Sketch of the medical history of the native army of Bombay, for the year
Year: 1875
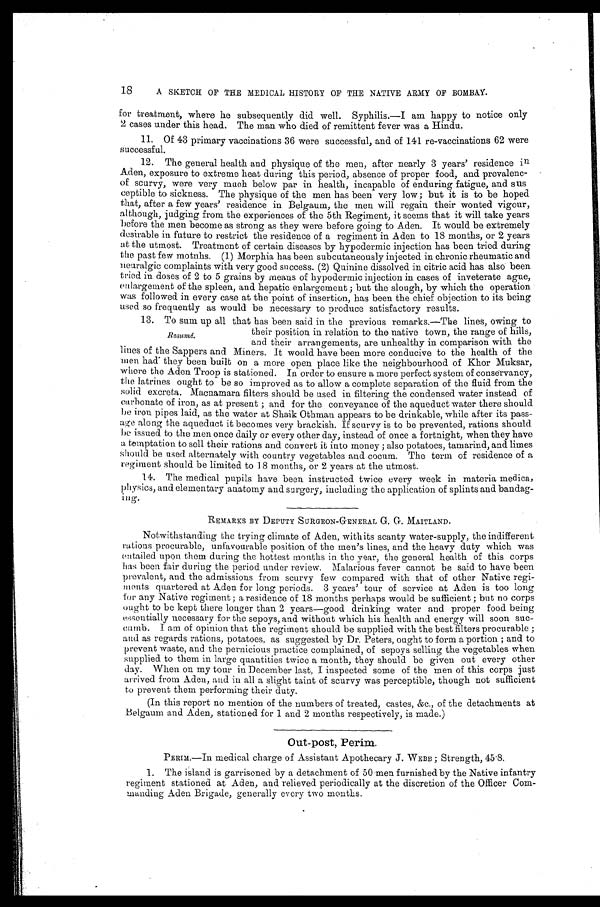
18
A SKETCH OF THE MEDICAL HISTORY OF THE NATIVE ARMY OF BOMBAY.
for treatment, where he subsequently did well. Syphilis.—I am happy to notice only
2 cases under this head. The man who died of remittent fever was a Hindu.
11. Of 43 primary vaccinations 36 were successful, and of 141 re-vaccinations 62 were
successful.
12. The general health and physique of the men, after nearly 3 years' residence in
Aden, exposure to extreme heat during this period, absence of proper food, and prevalenc
- o f s c u r v y , w e r e v e r y m u c h b e l o w p a r i n h e a l t h , i n c a p a b l e o f e n d u r i n g f a t i g u e , a n d s u s
ceptible to sickness. The physique of the men has been very low ; but it is to be hoped
that, after a few years' residence in Belgaum, the men will regain their wonted vigour,
although, judging from the experiences of the 5th Regiment, it seems that it will take years
before the men become as strong as they were before going to Aden. It would be extremely
desirable in future to restrict the residence of a regiment in Aden to 18 months, or 2 years
at the utmost. Treatment of certain diseases by hypodermic injection has been tried during
the past few motnhs. (1) Morphia has been subcutaneously injected in chronic rheumatic and
neuralgic complaints with very good success. (2) Quinine dissolved in citric acid has also been
tried in doses of 2 to 5 grains by means of hypodermic injection in cases of inveterate ague,
enlargement of the spleen, and hepatic enlargement ; but the slough, by which the operation
was followed in every case at the point of insertion, has been the chief objection to its being
used so frequently as would be necessary to Produce satisfactory results.
13. To sum up all that has been said in the previous remarks.—The lines, owing to
their position in relation to the native town, the range of hills,
and their arrangements, are unhealthy in comparison with the
lines of the Sappers and Miners. It would have been more conducive to the health of the
men had they been built on a more open place like the neighbourhood of Khor Muksar,
where the Aden Troop is stationed. In order to ensure a more perfect system of conservancy,
the latrines ought to be so improved as to allow a complete separation of the fluid from the
solid excreta. Macnamara filters should be used in filtering the condensed water instead of
carbonate of iron, as at present ; and for the conveyance of the aqueduct water there should
be iron pipes laid, as the water at Shaik Othman appears to be drinkable, while after its pass
-age along the aqueduct it becomes very brackish. If scurvy is to be prevented, rations should
issued
ssued to the men once daily or every other day, instead of once a fortnight, when they have
a temptation to sell their rations and convert it into money ; also potatoes, tamarind, and limes
should be used alternately with country vegetables and cocum. The term of residence of a
regiment should be limited to 18 months, or 2 years at the utmost.
11.
14. The medical pupils have been instructed twice every week in materia medica,
physics, and elementary anatomy and surgery, including the application of splints and bandag
-ing.
REMARKS BY DEPUTY SURGEON-GENERAL G. G. MAITLAND.
Notwithstanding the trying climate of Aden, with its scanty water-supply, the indifferent
rations procurable, unfavourable position of the men's lines, and the heavy duty which was
entailed upon them during the hottest months in the year, the general health of this corps
has been fair during the period under review. Malarious fever cannot be said to have been
prevalent, and the admissions from scurvy few compared with that of other Native regi
- m e n t s q u a r t e r e d a t A d e n f o r l o n g p e r i o d s . 3 y e a r s ' t o u r o f s e r v i c e a t A d e n i s t o o l o n g
for any Native regiment ; a residence of 18 months perhaps would be sufficient ; but no corps
ought to be kept there longer than 2 years—good drinking water and proper food being
essentially necessary for the sepoys, and without which his health and energy will soon suc
-cumb. I am of opinion that the regiment should be supplied with the best filters procurable ;
and as regards rations, potatoes, as suggested by Dr. Peters, ought to form a portion ; and to
prevent waste, and the pernicious practice complained, of sepoys selling the vegetables when
supplied to them in large quantities twice a month, they should be given out every other
day. When on my tour in December last, I inspected some of the men of this corps just
arrived from Aden, and in all a slight taint of scurvy was perceptible, though not sufficient
to prevent them performing their duty.
(In this report no mention of the numbers of treated, castes, &c., of the detachments at
Belgaum and Aden, stationed for 1 and 2 months respectively, is made.)
Out-post,Perim.
PERIM.—In medical charge of Assistant Apothecary J. WEBB ; Strength, 45.8.
1. The island is garrisoned by a detachment of 50 men furnished by the Native infantry
regiment stationed at Aden, and relieved periodically at the discretion of the Officer Com
- m a n d i n g A d e n B r i g a d e , g e n e r a l l y e v e r y t w o m o n t h s .
R e s u m é .